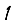
Digit: 1